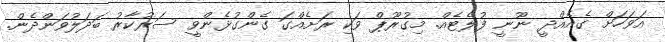
އަވަހަށް ގެއެެއްދީ ނޫނީ ފުލެޓެެއް. މިގުރޫޕް ވަކި ރަށެއްގަ ގެެންގުޅެންވީ ސަރުކާރު ބަދަލުވަންދެން.